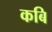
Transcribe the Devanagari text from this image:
कबि